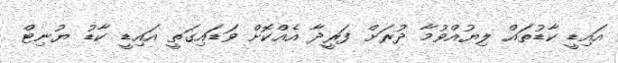
އައިޑީ ކާޑުތައް ލިޔުއްވުމާ ދުރަށް ފަރީދާ އެއްކޮށް ވަޑައިގަތީ އައިޑީ ކާޑު ޔުނިޓް